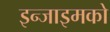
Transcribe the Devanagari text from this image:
इन्जाइमको